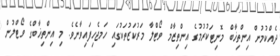
ދެއްކުމުން އިންތިޚާބް މޮނިޓަކުރުމުގެ އިންތިޒާމް ވޯޓްލާ މަރުކަޒުތަކުގައި ހަމޖެހިފައިވާނެވެ. މި އިންތިޚާބްގެ ވޯޓްލުން